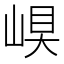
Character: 𡹊